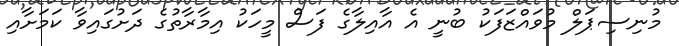
މުނިސިޕަލް މުވައްޒަފަކު ބުނީ އެ އާއިލާގެ ފަސް މީހަކު އިމާރާތުގެ ދަށުގައިވާ ކަމަށާއި